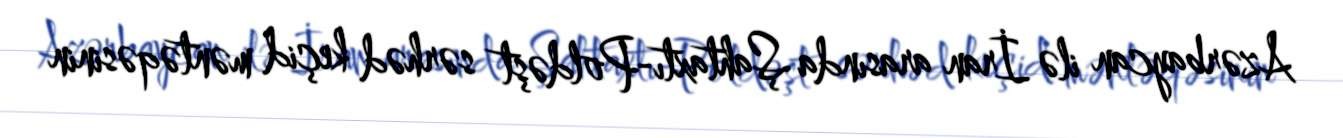
Azərbaycan ilə İran arasında Şahtaxtı-Poldəşt sərhəd keçid məntəqəsinin